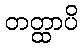
တတ္ထာပိ